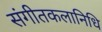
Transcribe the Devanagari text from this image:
संगीतकलानिधि